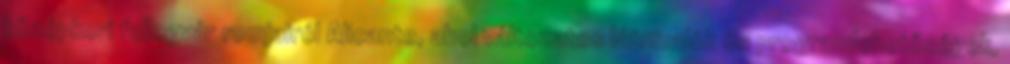
középkori fellegvár romjairól Alicante, ahol változatos látnivalók és programlehetőségek,